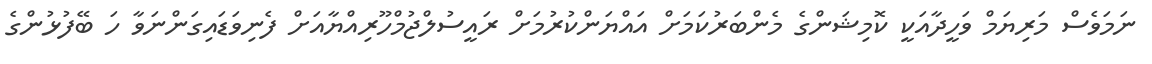
ނަމަވެސް މަރިޔަމް ވަހީދާއަކީ ކޮމިޝަންގެ މެންބަރުކަމަށް އައްޔަންކުރުމަށް ރައީސުލްޖުމްހޫރިއްޔާއަށް ފެނިވަޑައިގަންނަވާ ހަ ބޭފުޅުންގެ